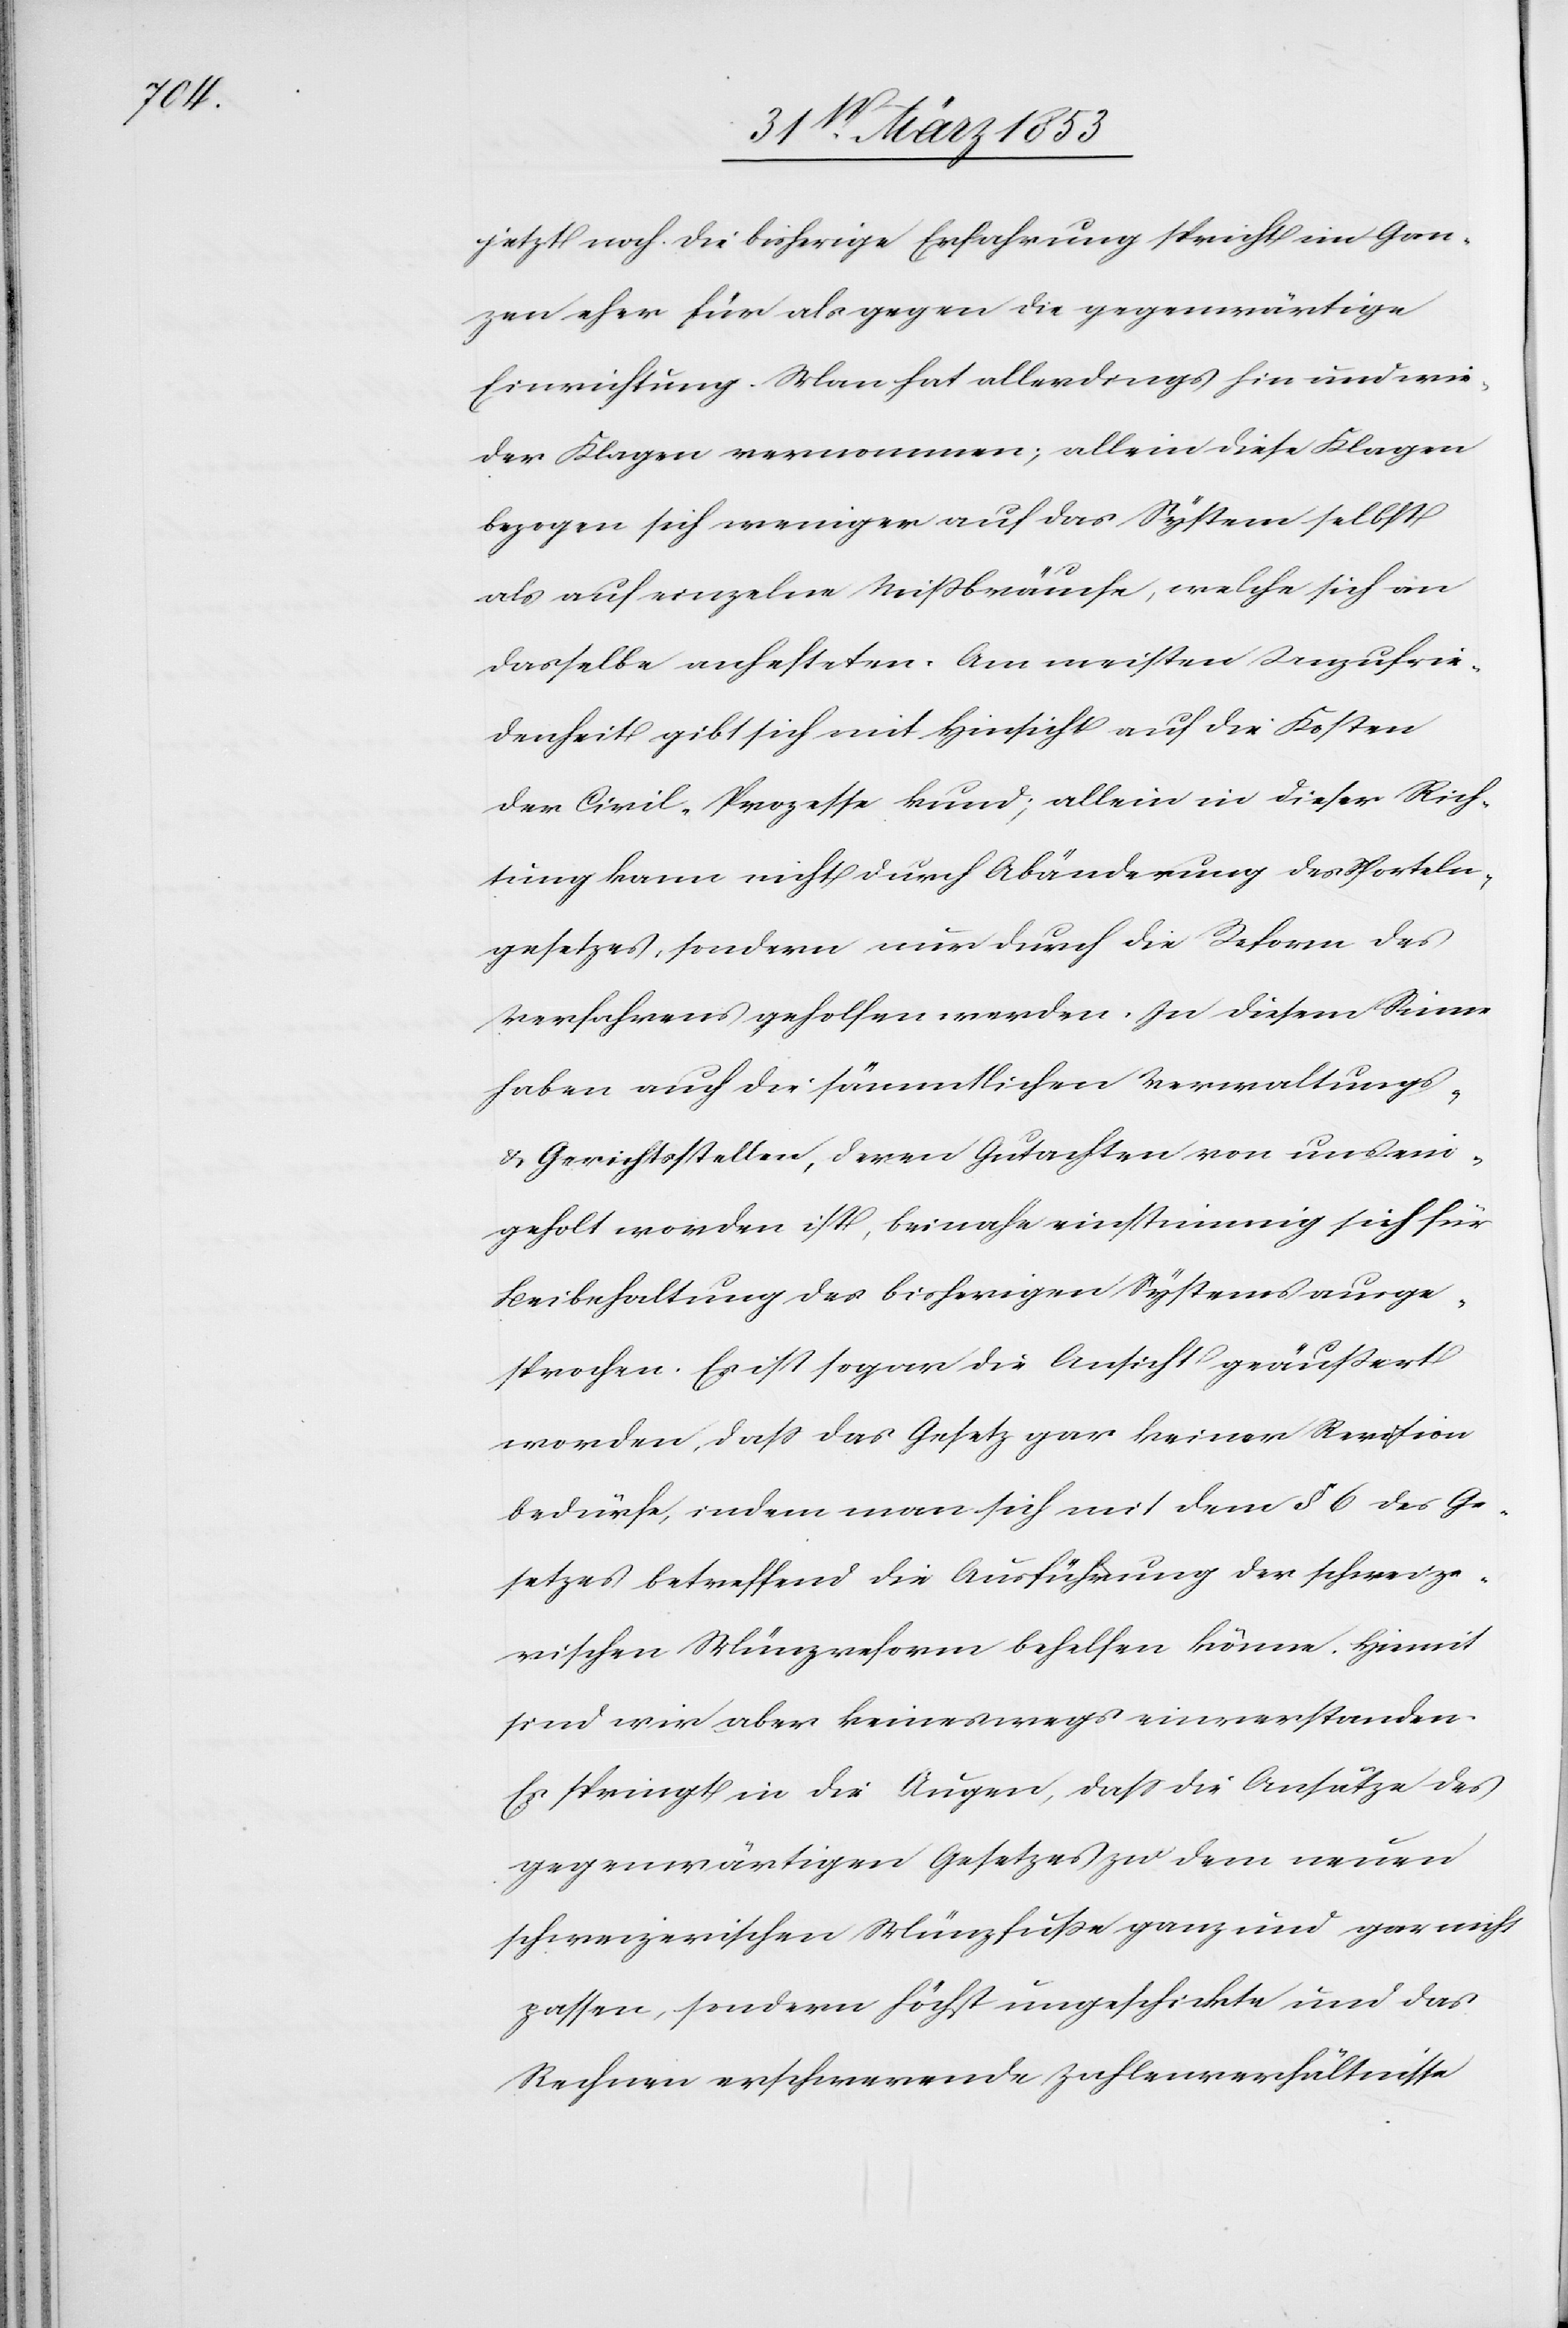
jetzt noch. Die bisherige Erfahrung spricht im Gan¬
zen eher für als gegen die gegenwärtige
Einrichtung. Man hat allerdings hin und wie¬
der Klagen vernommen; allein diese Klagen
bezogen sich weniger auf das System selbst
als auf einzelne Mißbräuche, welche sich an
dasselbe anhefteten. Am meisten Unzufrie¬
denheit gibt sich mit Hinsicht auf die Kosten
der Civil-Prozesse kund, allein in dieser Rich¬
tung kann nicht durch Abänderung des Sporteln¬
gesetzes, sondern nur durch die Reform des
Verfahrens geholfen werden. In diesem Sinne
haben auch die sämmtlichen Verwaltungs-
u. Gerichtsstellen, deren Gutachten von uns ein¬
geholt worden ist, beinahe einstimmig sich für
Beibehaltung des bisherigen Systems ausge¬
sprochen. Es ist sogar die Ansicht geäußert
worden, daß das Gesetz gar keiner Revision
bedürfe, indem man sich mit dem § 6 des Ge¬
setzes betreffend die Ausführung der schweize¬
rischen Münzreform behelfen könne. Hiemit
sind wir aber keineswegs einverstanden.
Es springt in die Augen, daß die Ansätze des
gegenwärtigen Gesetzes zu dem neuen
schweizerischen Münzfuße ganz und gar nicht
passen, sondern höchst ungeschickte und das
Rechnen erschwerende Zahlenverhältnisse